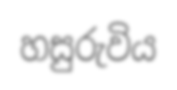
හසුරුවිය